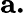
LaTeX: \mathbf{a.}